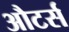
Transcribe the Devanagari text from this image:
औटर्स